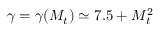
\gamma = \gamma ( M _ { t } ) \simeq 7 . 5 + M _ { t } ^ { 2 }